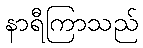
နာရီကြာသည်